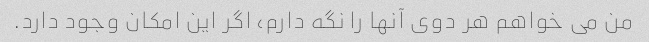
من می خواهم هر دوی آنها را نگه دارم، اگر این امکان وجود دارد.